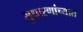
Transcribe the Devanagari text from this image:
सुधारणांच्यात